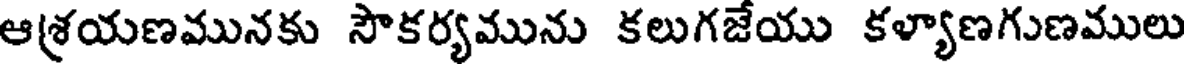
ఆశ్రయణమునకు సౌకర్యమును కలుగజేయు కళ్యాణగుణములు